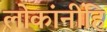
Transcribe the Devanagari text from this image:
लोकांनींहि